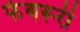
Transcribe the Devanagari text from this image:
फेबरूरी